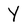
Character: Y